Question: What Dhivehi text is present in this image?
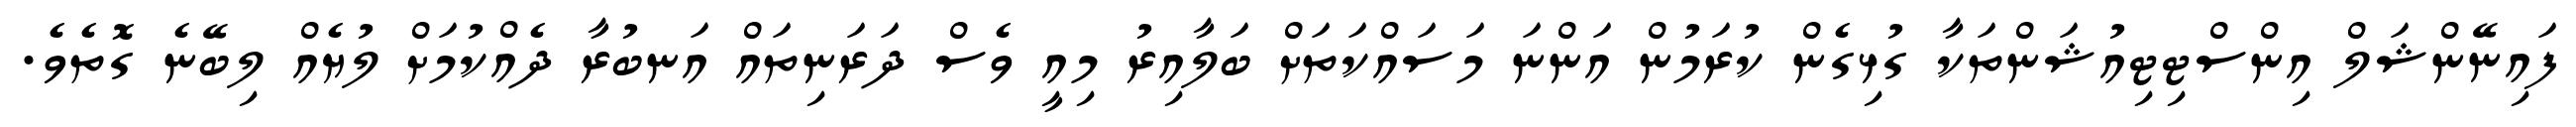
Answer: ފައިނޭންޝަލް އިންސްޓިޓިއުޝަންތަކާ ގުޅިގެން ކުރަމުން އަންނަ މަސައްކަތަށް ބަލާއިރު މިއީ ވެސް ދަރަނިތައް އަނބުރާ ދެއްކުމަށް ލުޔެއް ލިބޭނެ ގޮތެވެ.